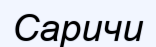
Саричи